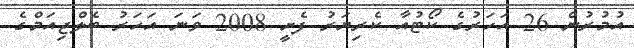
އުމުރުން 26 އަހަރުގެ ކޯޓުއާ ކެރިޔަރު ފެށީ 2008 ވަނަ އަހަރު ބެލްޖިއަމްގެ